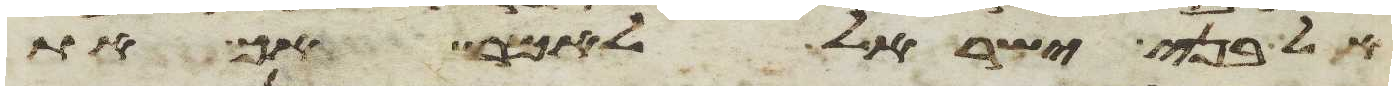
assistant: אל בני ישראל לאמר אך את